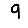
Digit: 9